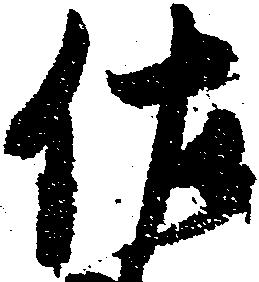
佐